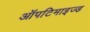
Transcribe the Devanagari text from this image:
ऑपटिमाइज्ड